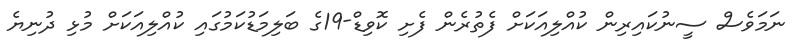
ނަމަވެސް ސީނުކައިރިން ކުއްލިއަކަށް ފެތުރެން ފެށި ކޮވިޑް-19ގެ ބަލިމަޑުކަމުގައި ކުއްލިއަކަށް މުޅި ދުނިޔެ